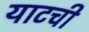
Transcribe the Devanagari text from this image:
याटची